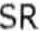
SR